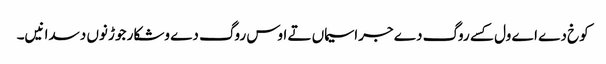
کوخ دے اے ول کسے روگ دے جراسیماں تے اوس روگ دے وشکار جوڑ نوں دسدا نیں۔